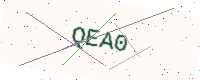
Text: QEA0